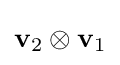
\mathbf {v} _{2}\otimes \mathbf {v} _{1}